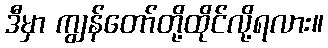
ဒီမှာ ကျွန်တော်တို့ထိုင်လို့ရလား။